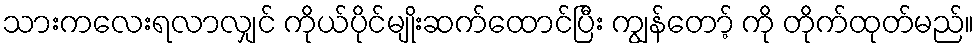
သားကလေးရလာလျှင် ကိုယ်ပိုင်မျိုးဆက်ထောင်ပြီး ကျွန်တော့် ကို တိုက်ထုတ်မည်။